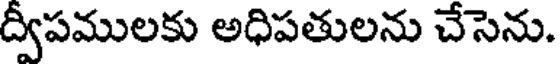
ద్వీపములకు అధిపతులను చేసెను.